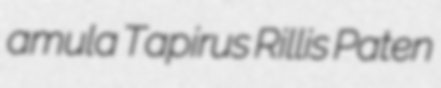
amula Tapirus Rillis Paten